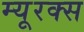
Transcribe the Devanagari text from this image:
म्यूरक्स